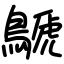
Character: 鷈